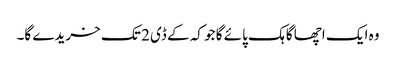
وہ ایک اچھا گاہک پائے گا جو کہ کے ڈی 2 تک خریدے گا۔